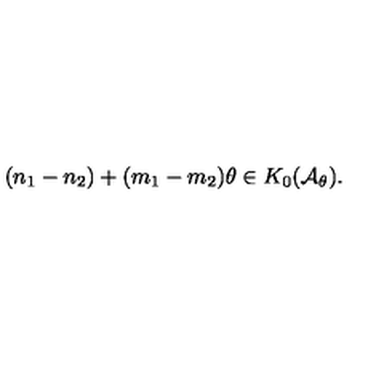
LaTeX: ( n _ { 1 } - n _ { 2 } ) + ( m _ { 1 } - m _ { 2 } ) \theta \in K _ { 0 } ( { \mathcal { A } } _ { \theta } ) .